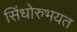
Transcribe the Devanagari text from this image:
सिंधोरुभयत